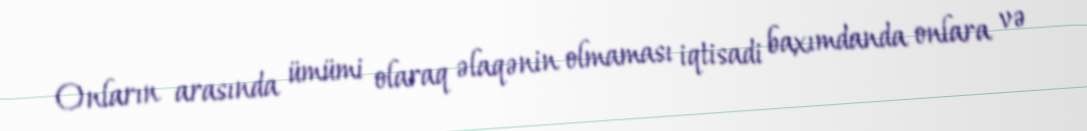
Onların arasında ümümi olaraq əlaqənin olmaması iqtisadi baxımdanda onlara və